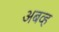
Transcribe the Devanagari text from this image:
अबव्ह